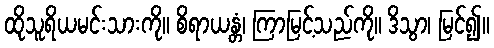
ထိုသူရိယမင်းသားကို။ စိရာယန္တံ၊ ကြာမြင့်သည်ကို။ ဒိသွာ၊ မြင်၍။